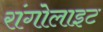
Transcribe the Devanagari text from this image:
रांगोलाइट